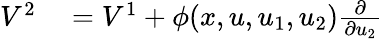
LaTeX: \begin{array}{rl}{V^{2}}&{{}=V^{1}+\phi(x,u,u_{1},u_{2}){\frac{\partial}{\partial u_{2}}}}\end{array}